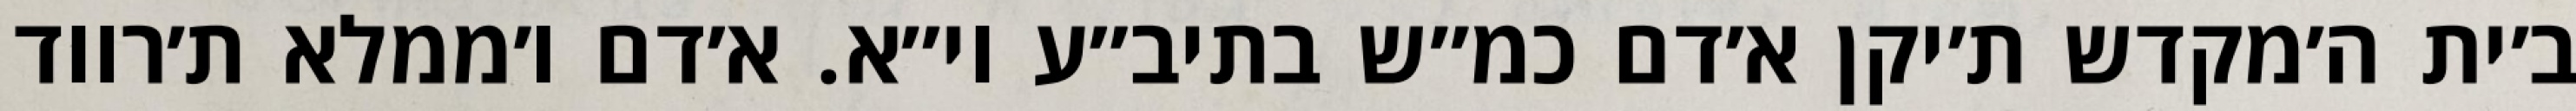
ב׳ית ה׳מקדש ת׳יקן א׳דם כמ״ש בתיב״ע וי״א. א׳דם ו׳ממלא ת׳רווד